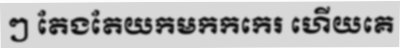
ៗ តែងតែយកមកកកេរ ហើយគេ